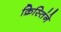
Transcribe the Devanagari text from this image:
क्रिस्तिंने